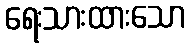
ရေးသားထားသော